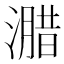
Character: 𭲢